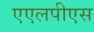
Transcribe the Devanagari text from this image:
एएलपीएस